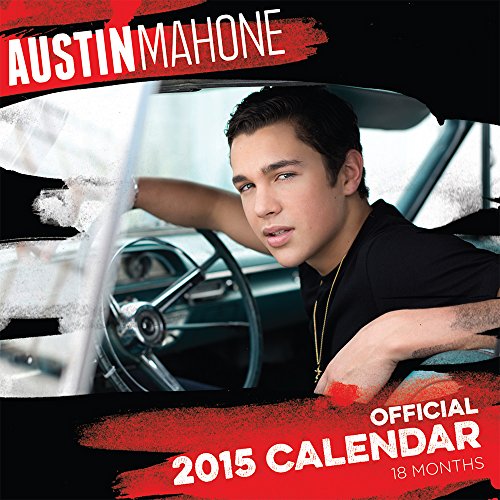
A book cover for Austin Mahone 2015 Mini 7x7; BrownTrout; Calendars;